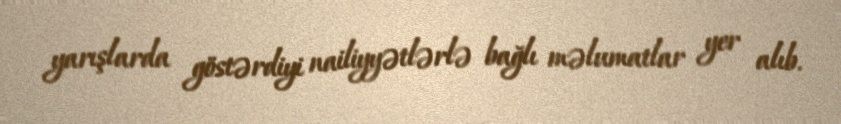
yarışlarda göstərdiyi nailiyyətlərlə bağlı məlumatlar yer alıb.